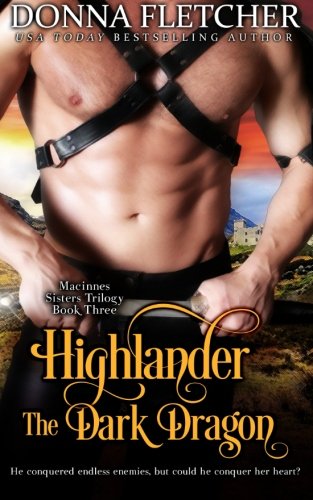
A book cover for Highlander The Dark Dragon (Macinnes Sisters Trilogy) (Volume 3); Donna Fletcher; Romance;